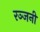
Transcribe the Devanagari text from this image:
रञ्जनी